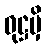
ဝုဋ္ဌမှိ